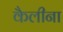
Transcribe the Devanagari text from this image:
कैलीना